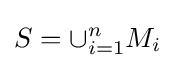
S=\cup _{i=1}^{n}M_{i}